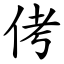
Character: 侤